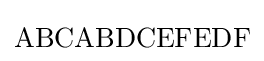
\mathrm {ABCABDCEFEDF}